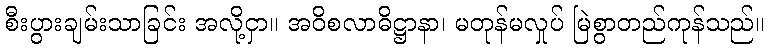
စီးပွားချမ်းသာခြင်း အလို့ငှာ။ အဝိစလာဓိဋ္ဌာနာ၊ မတုန်မလှုပ် မြဲစွာတည်ကုန်သည်။